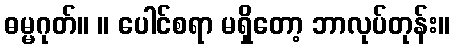
ဓမ္မဂုတ်။ ။ ပေါင်စရာ မရှိတော့ ဘာလုပ်တုန်း။